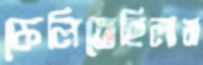
ফেলিতেছিলাম